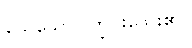
သေသော၊ ကြွင်းသေး၏။